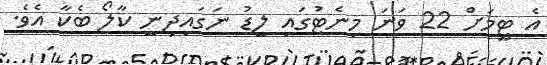
އެ ޓީމަށް 22 ވަނަ މިނެޓުގައި ލީޑު ނަގައިދިނީ ކާލޯ ބެކާ އެވެ.